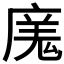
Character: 𭙬